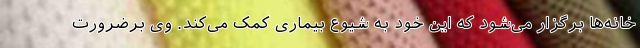
خانه‌ها برگزار می‌شود که این خود به شیوع بیماری کمک می‌کند. وی برضرورت